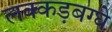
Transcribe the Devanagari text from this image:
लक्कड़बग्घे